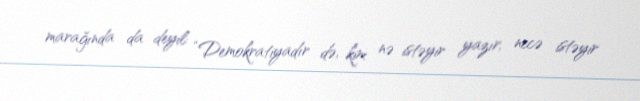
marağında da deyil: “Demokratiyadır də, kim nə istəyir yazır, necə istəyir